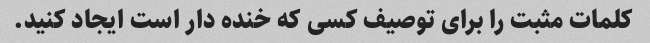
کلمات مثبت را برای توصیف کسی که خنده دار است ایجاد کنید.